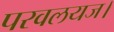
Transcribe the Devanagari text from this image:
परवलयज।